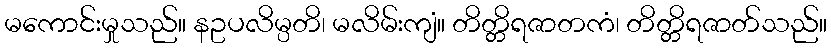
မကောင်းမှုသည်။ နဥပလိမ္ပတိ၊ မလိမ်းကျံ။ တိတ္တိရဇာတကံ၊ တိတ္တိရဇာတ်သည်။